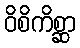
ဝိစိကိစ္ဆာ